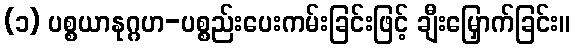
(၁) ပစ္စယာနုဂ္ဂဟ-ပစ္စည်းပေးကမ်းခြင်းဖြင့် ချီးမြှောက်ခြင်း။